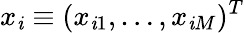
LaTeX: x_{\mathit{i}}\equiv(x_{\mathit{i}1},\ldots,x_{\mathit{i}M})^{T}